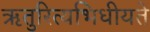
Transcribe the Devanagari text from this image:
ऋतुरित्यभिधीयते